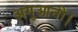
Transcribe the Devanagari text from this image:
अगुआनी।